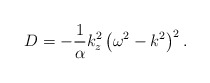
\begin{align*}D=-{1\over \alpha}k_{z}^{2}\left(\omega^{2}-k^{2}\right)^{2}.\end{align*}